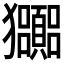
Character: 𤣠